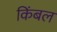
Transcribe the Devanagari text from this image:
किंबल